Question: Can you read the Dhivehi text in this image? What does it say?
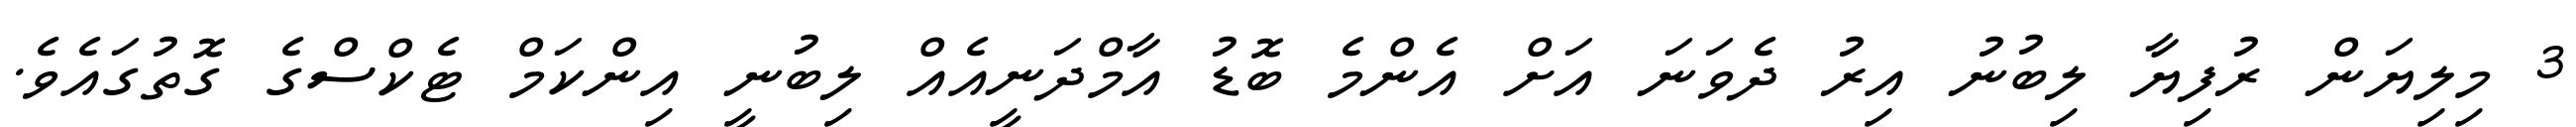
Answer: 3 މިލިޔަން ރުފިޔާ ލިބުނު އިރު ދެވަނަ އަށް އެންމެ ބޮޑު އާމްދަނީއެއް ލިބުނީ އިންކަމް ޓެކްސްގެ ގޮތުގައެވެ.